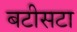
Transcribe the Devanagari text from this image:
बटीसटा